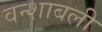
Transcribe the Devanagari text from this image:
वन्शाबली